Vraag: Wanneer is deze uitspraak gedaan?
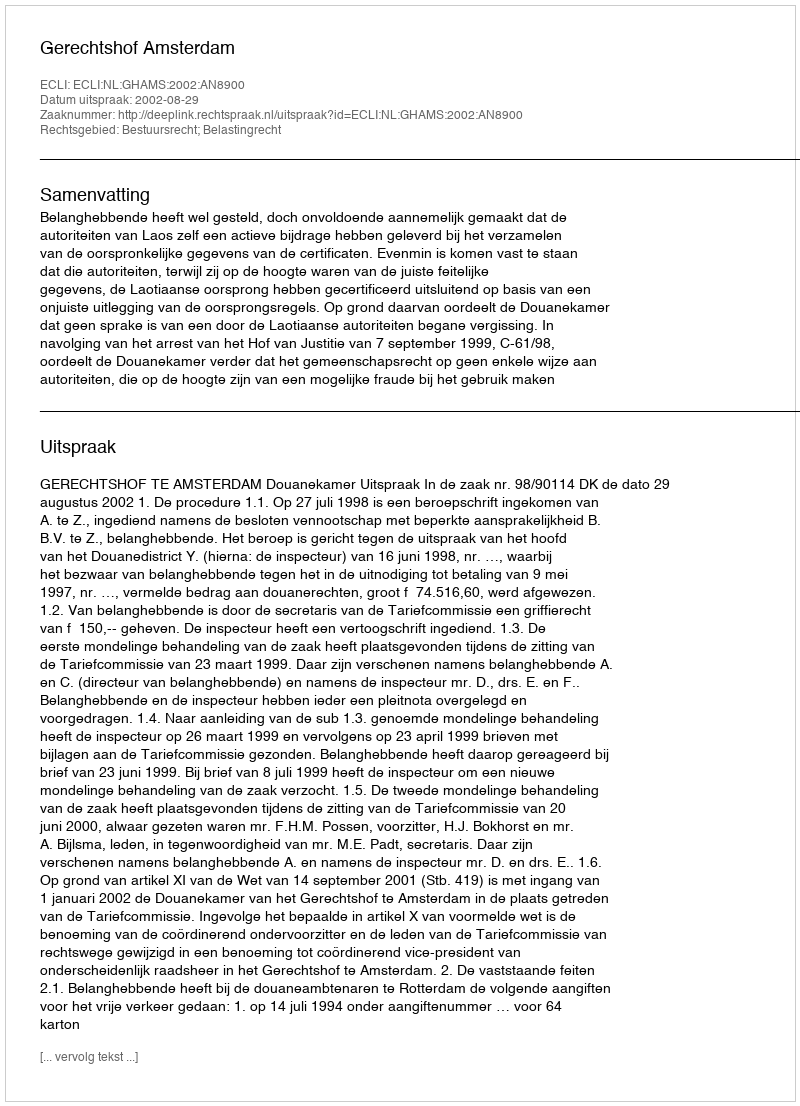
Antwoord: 2002-08-29